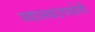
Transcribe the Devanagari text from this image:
स्वास्थ्यउपयोगी